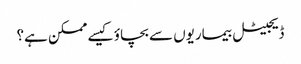
ڈیجیٹل بیماریوں سے بچاؤ کیسے ممکن ہے؟